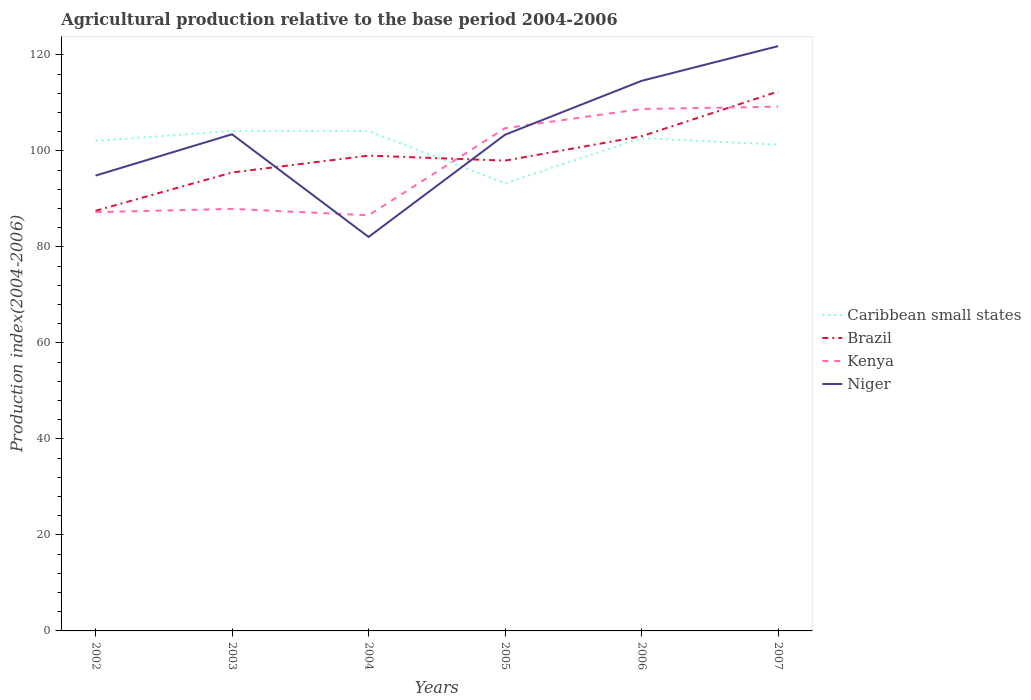
| Years | Caribbean small states | Brazil | Kenya | Niger |
 | --- | --- | --- | --- | --- |
 | 2002 | 102 | 87.5 | 87.2 | 94.8 |
 | 2003 | 104 | 95.5 | 87.9 | 103 |
 | 2004 | 104 | 99 | 86.6 | 82.1 |
 | 2005 | 93.2 | 98 | 105 | 103 |
 | 2006 | 103 | 103 | 109 | 115 |
 | 2007 | 101 | 112 | 109 | 122 |